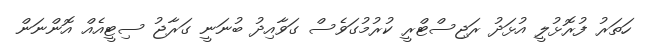
ހަތަރު ފުރޮޅުލީ އުޅަދު ރަޖިސްޓްރީ ކުރުމުގަވެސް ގަވާއިދު ބުނަނީ ގަރާޖު ސިޓީއެއް އޮންނަން